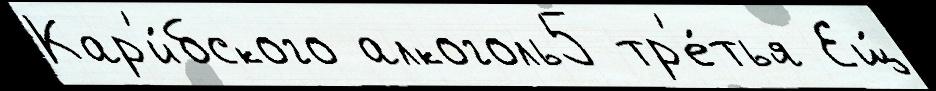
Кар'и́бского алкоголь5 тр'е́тья Ещ́